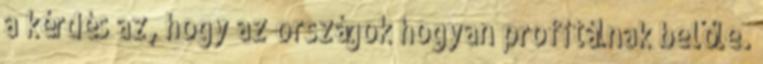
a kérdés az, hogy az országok hogyan profitálnak belőle.